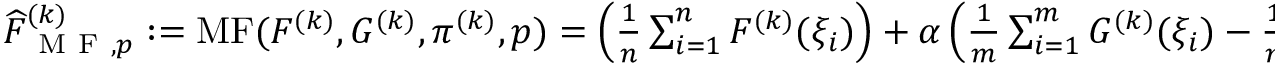
\begin{array} { r } { \widehat { F } _ { \mathrm { ~ M ~ F ~ } , p } ^ { ( k ) } : = \operatorname { M F } ( F ^ { ( k ) } , G ^ { ( k ) } , \pi ^ { ( k ) } , p ) = \left( \frac { 1 } { n } \sum _ { i = 1 } ^ { n } F ^ { ( k ) } ( \xi _ { i } ) \right) + \alpha \left( \frac { 1 } { m } \sum _ { i = 1 } ^ { m } G ^ { ( k ) } ( \xi _ { i } ) - \frac { 1 } { n } \sum _ { i = 1 } ^ { n } G ^ { ( k ) } ( \xi _ { i } ) \right) } \end{array}